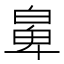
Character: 𤾁